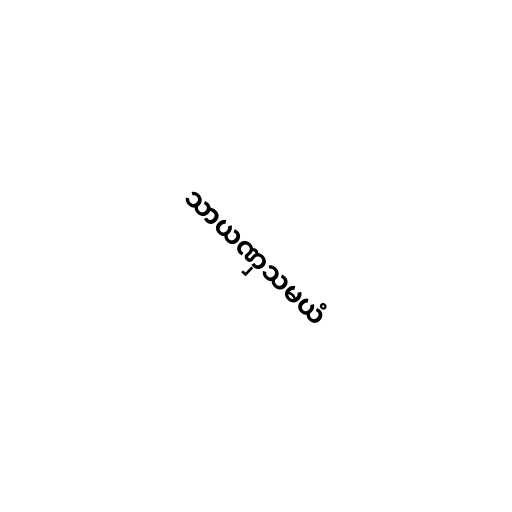
သာယဏှသမယံ